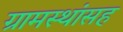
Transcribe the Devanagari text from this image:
ग्रामस्थांसह